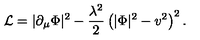
{ \cal L } = | \partial _ { \mu } \Phi | ^ { 2 } - { \frac { \lambda ^ { 2 } } { 2 } } \left( | \Phi | ^ { 2 } - v ^ { 2 } \right) ^ { 2 } .